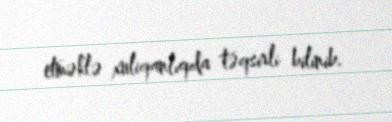
etməklə xuliqanlıqda təqsirli bilinib.